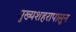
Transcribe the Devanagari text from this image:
मुख्यशहरापासून